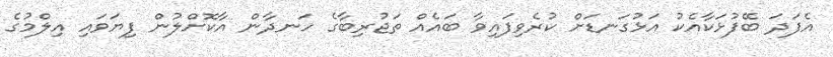
އެފަދަ ބޭފުޅަކާއެކު އަޅުގަނޑަށް ކުރެވިފައިވާ ބައެއް ތަޖުރިބާގެ ހަނދާން އާކޮށްލުން ފިޔަވައި އިލްމުގެ